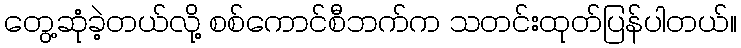
တွေ့ဆုံခဲ့တယ်လို့ စစ်ကောင်စီဘက်က သတင်းထုတ်ပြန်ပါတယ်။